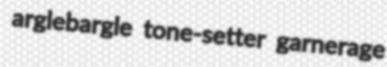
arglebargle tone-setter garnerage